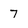
Character: 7